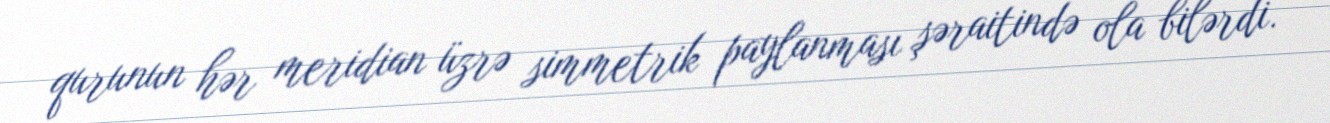
qurunun hər meridian üzrə simmetrik paylanması şəraitində ola bilərdi.